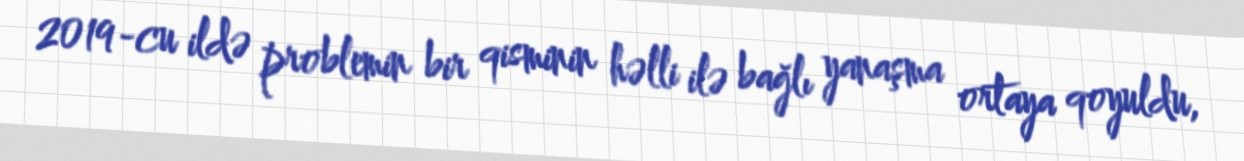
2019-cu ildə problemin bir qisminin həlli ilə bağlı yanaşma ortaya qoyuldu,